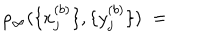
\rho _ { \infty } ( \{ x _ { j } ^ { ( b ) } \} , \{ y _ { j } ^ { ( b ) } \} ) \; =